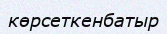
көрсеткенбатыр